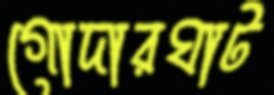
গোদারঘাট